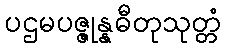
ပဌမပဇ္ဇုန္နဓီတုသုတ္တံ